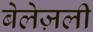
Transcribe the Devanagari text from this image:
बेलेज़ली